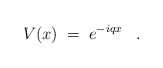
\begin{align*}V(x) \;=\; e^{-iqx} \;\;\; . \end{align*}